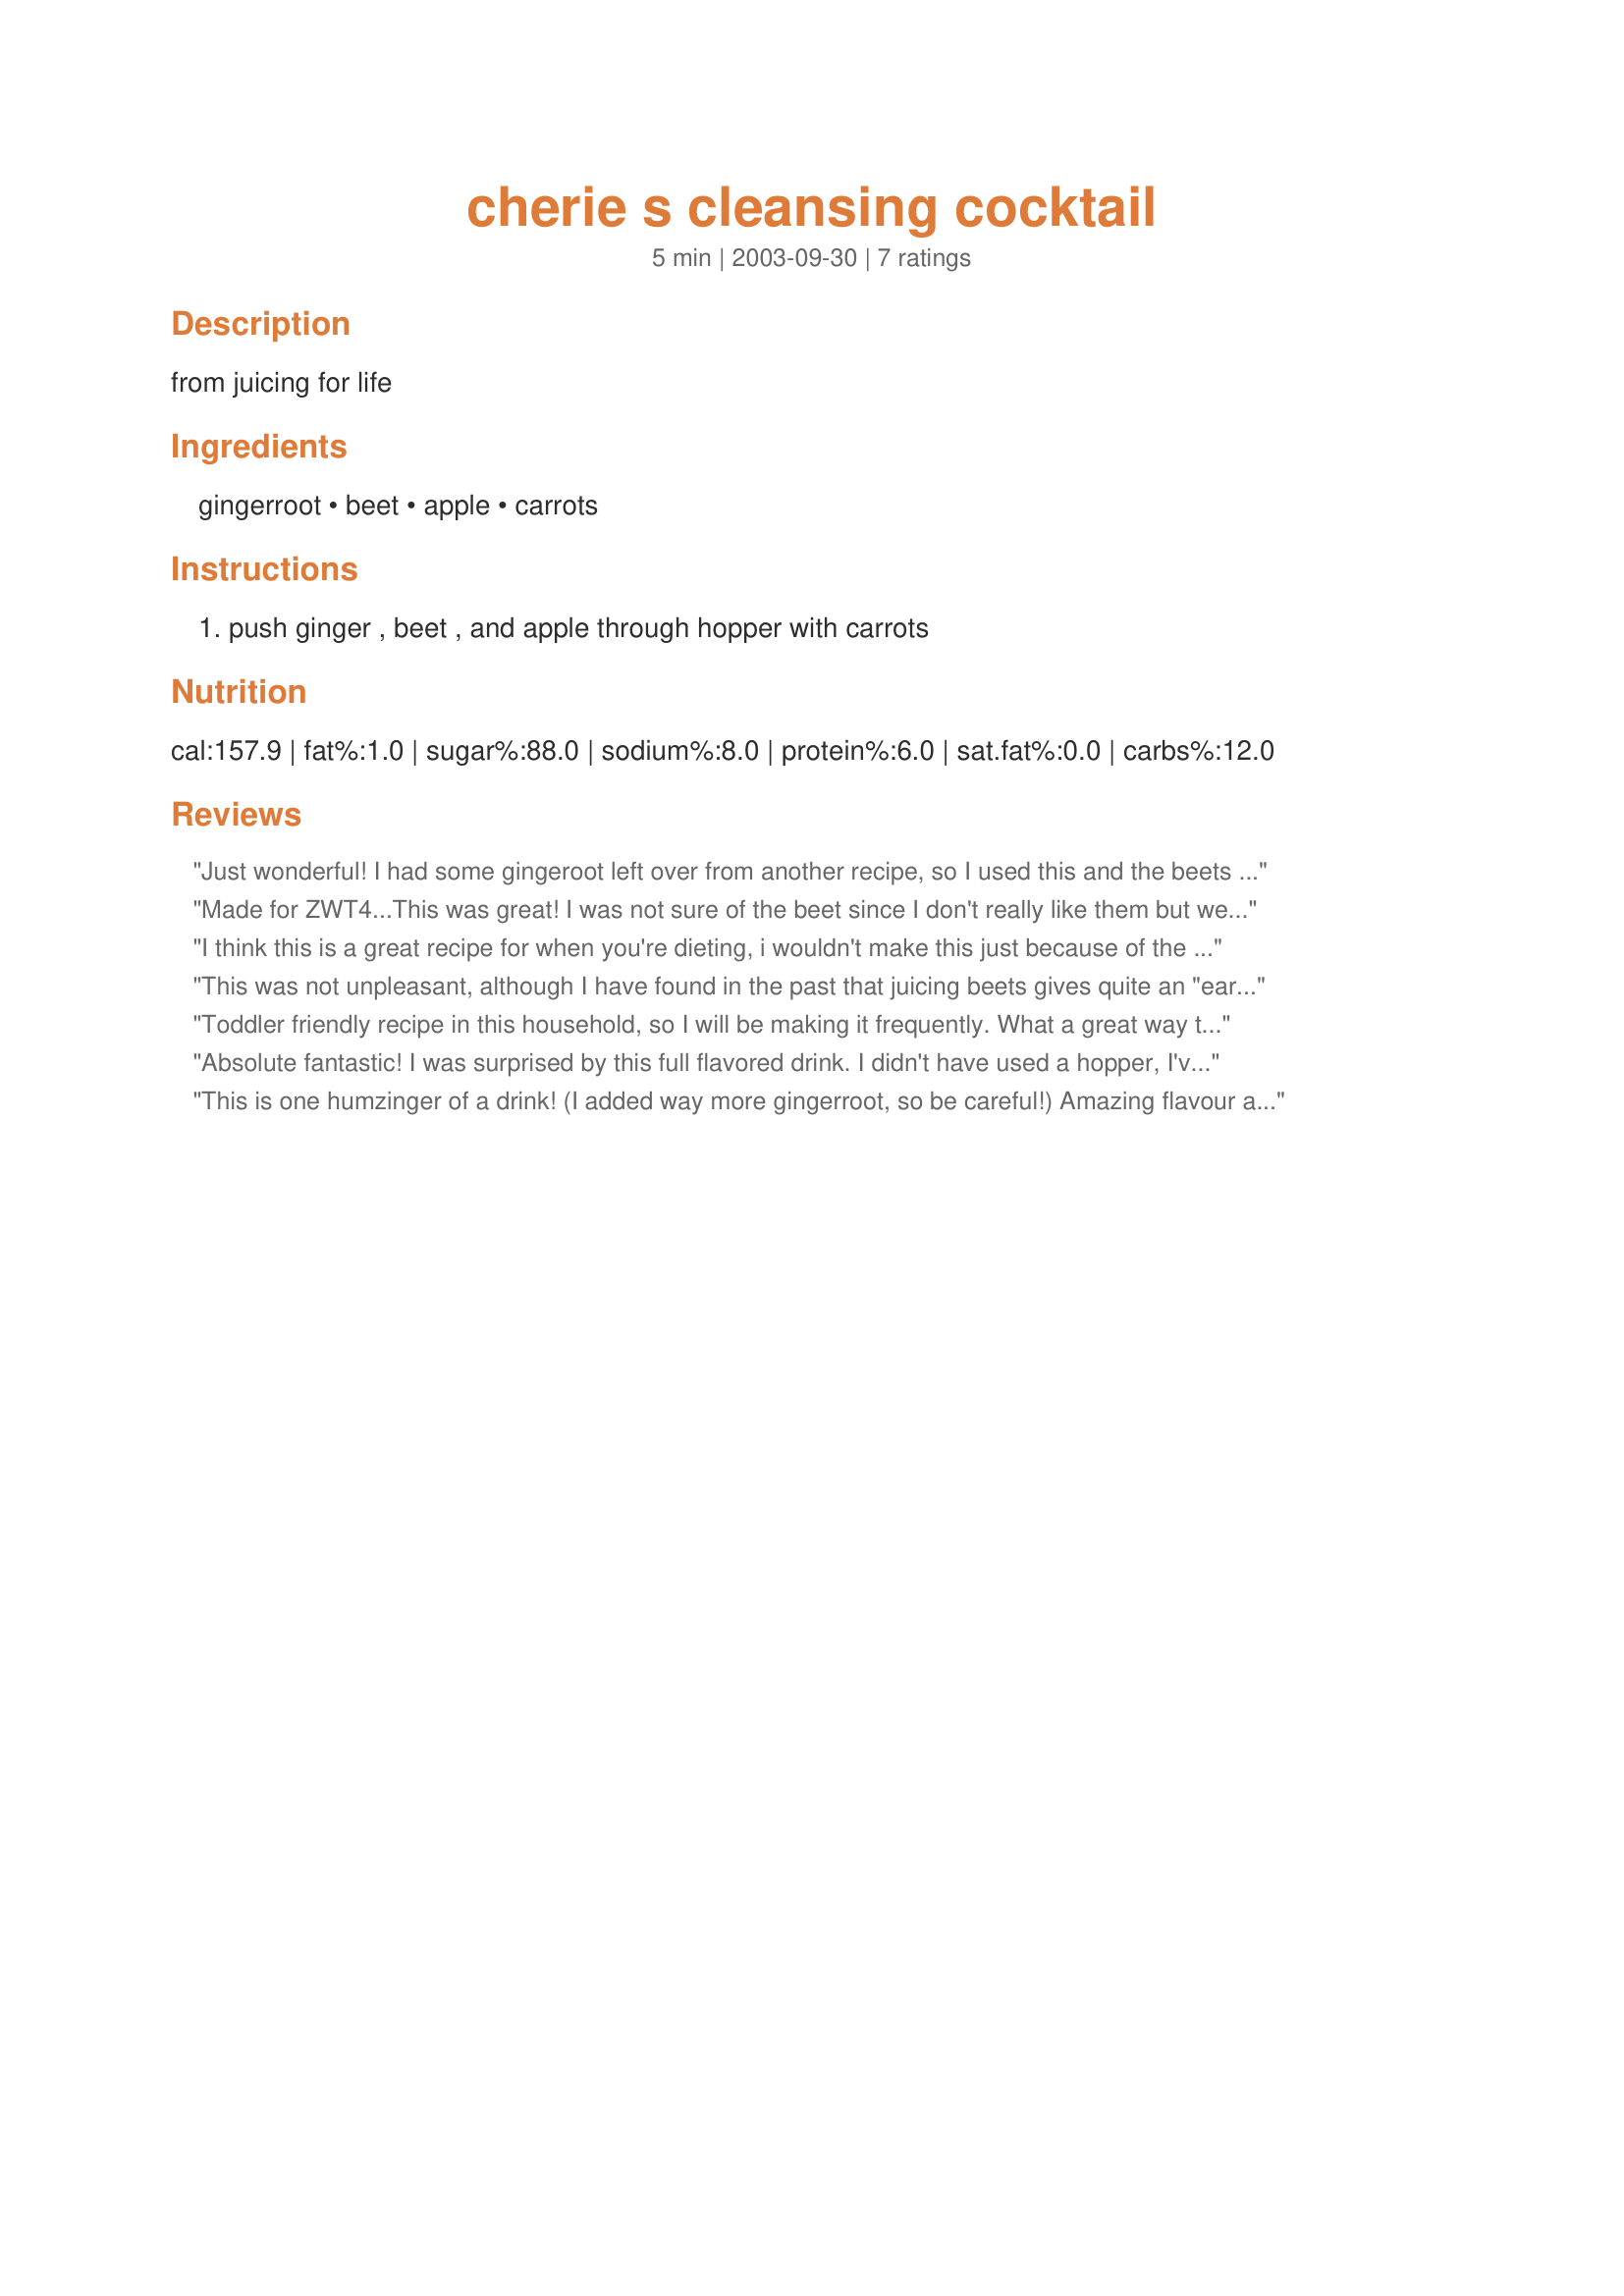
cherie s cleansing cocktail
Preparation time: 5 minutes

from juicing for life

Ingredients:
gingerroot, beet, apple, carrots

Steps:
push ginger , beet , and apple through hopper with carrots

Reviews:
Just wonderful! I had some gingeroot left over from another recipe, so I used this and the beets I had canned. I added some hot sauce to just give it the hot kick I like but certainly was not needed for anyone else. This is so good, I should be drinking this everyday! I whirled this up in my blender and just so yummy!
Made for ZWT4...This was great! I was not sure of the beet since I don't really like them but went ahead and put it in. I did not like the first sip but continued to drink it anyway and it grew on me. By the time my glass was gone...I loved it.
I think this is a great recipe for when you're dieting, i wouldn't make this just because of the taste. Like Jackie said it has a very earthy flavor, and my kids didn't really like that. For me the flavor was ok, but more like a lunch substitute when dieting.
Made for the Tastebud Tickling Travellers, for ZWT4
This was not unpleasant, although I have found in the past that juicing beets gives quite an "earthy" flavor to whatever you are making. More importantly, it tasted really healthy, so I will be making this again. Made for ZWT4.
Toddler friendly recipe in this household, so I will be making it frequently. What a great way to get my son to "eat" his veggies!
Absolute fantastic! I was surprised by this full flavored drink. I didn't have used a hopper, I've used the food processor and thined it with mineral water, so I can't rate the texture - I only rate the taste of it. I also used more gingerroot and it was great. In the end I added some drops of lime juice and this made the cocktail even more fresh. Very simple to make cocktail, with an outstanding colour and packed with flavour. Why not serve this healthy cocktail for guests as a starter? Thanks Rita, this cocktail rocks.
This is one humzinger of a drink! (I added way more gingerroot, so be careful!) Amazing flavour and deep down satisfying. Makes a very generous 8 oz glassful. Love it, thanks for posting, chef Rita!
